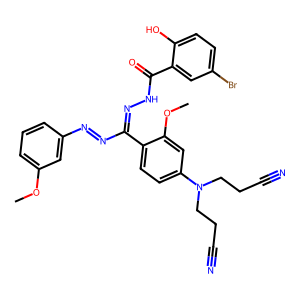
SMILES: COc1cccc(N=NC(=NNC(=O)c2cc(Br)ccc2O)c2ccc(N(CCC#N)CCC#N)cc2OC)c1
Inhibits HIV replication: No